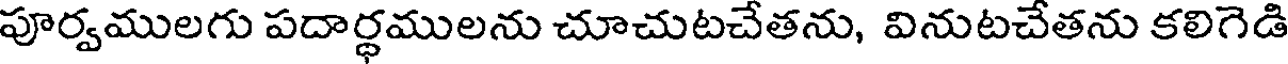
పూర్వములగు పదార్థములను చూచుటచేతను, వినుటచేతను కలిగెడి